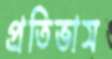
প্রতিভাস